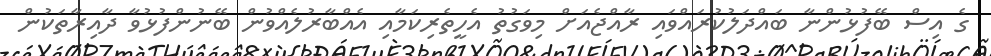
ގެ އިސް ބޭފުޅުންނާ ބައްދަލުކުރައްވައި ރާއްޖެއަށް މިވަގުތު އެހީތެރިކަމާއި އެއްބާރުލެއްވުން ބޭނުންފުޅުވާ ދާއިރާތަކުން